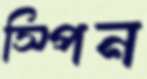
স্পিন